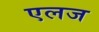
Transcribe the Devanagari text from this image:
एलज